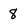
Character: 8